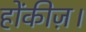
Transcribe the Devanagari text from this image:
होंकीज़।